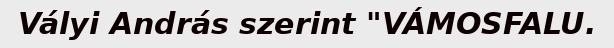
Vályi András szerint "VÁMOSFALU.